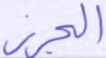
الجرز